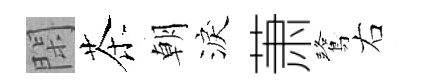
閑茶朝淚萧鷺右